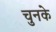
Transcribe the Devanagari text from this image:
चुनके